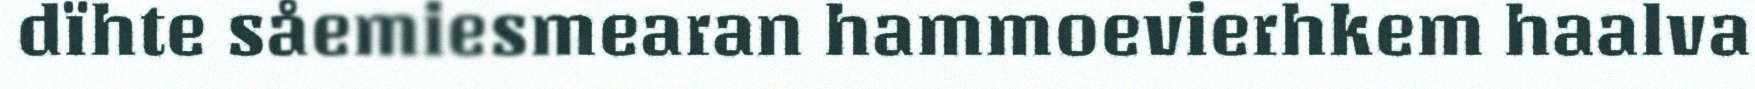
dïhte såemiesmearan hammoevierhkem haalva